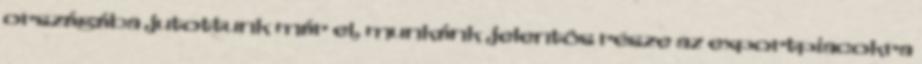
országába jutottunk már el, munkánk jelentôs része az exportpiacokra